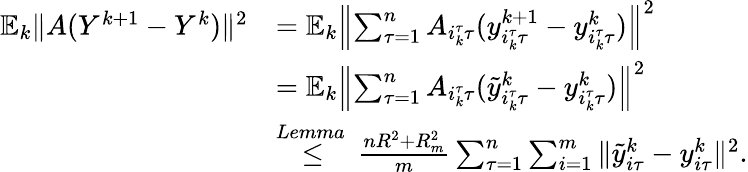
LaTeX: \begin{array}{rl}{\mathbb{E}_{k}\| A(Y^{k+1}-Y^{k})\| ^{2}}&{=\mathbb{E}_{k}\left\| \sum_{\tau=1}^{n}A_{i_{k}^{\tau}\tau}(y_{i_{k}^{\tau}\tau}^{k+1}-y_{i_{k}^{\tau}\tau}^{k})\right\| ^{2}}\\ &{=\mathbb{E}_{k}\left\| \sum_{\tau=1}^{n}A_{i_{k}^{\tau}\tau}({\tilde{y}}_{i_{k}^{\tau}\tau}^{k}-y_{i_{k}^{\tau}\tau}^{k})\right\| ^{2}}\\ &{\overset{Lemma~}{\leq}\frac{nR^{2}+R_{m}^{2}}{m}\sum_{\tau=1}^{n}\sum_{i=1}^{m}\| {\tilde{y}}_{i\tau}^{k}-y_{i\tau}^{k}\| ^{2}.}\end{array}